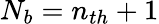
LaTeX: N_{b}=n_{th}+1